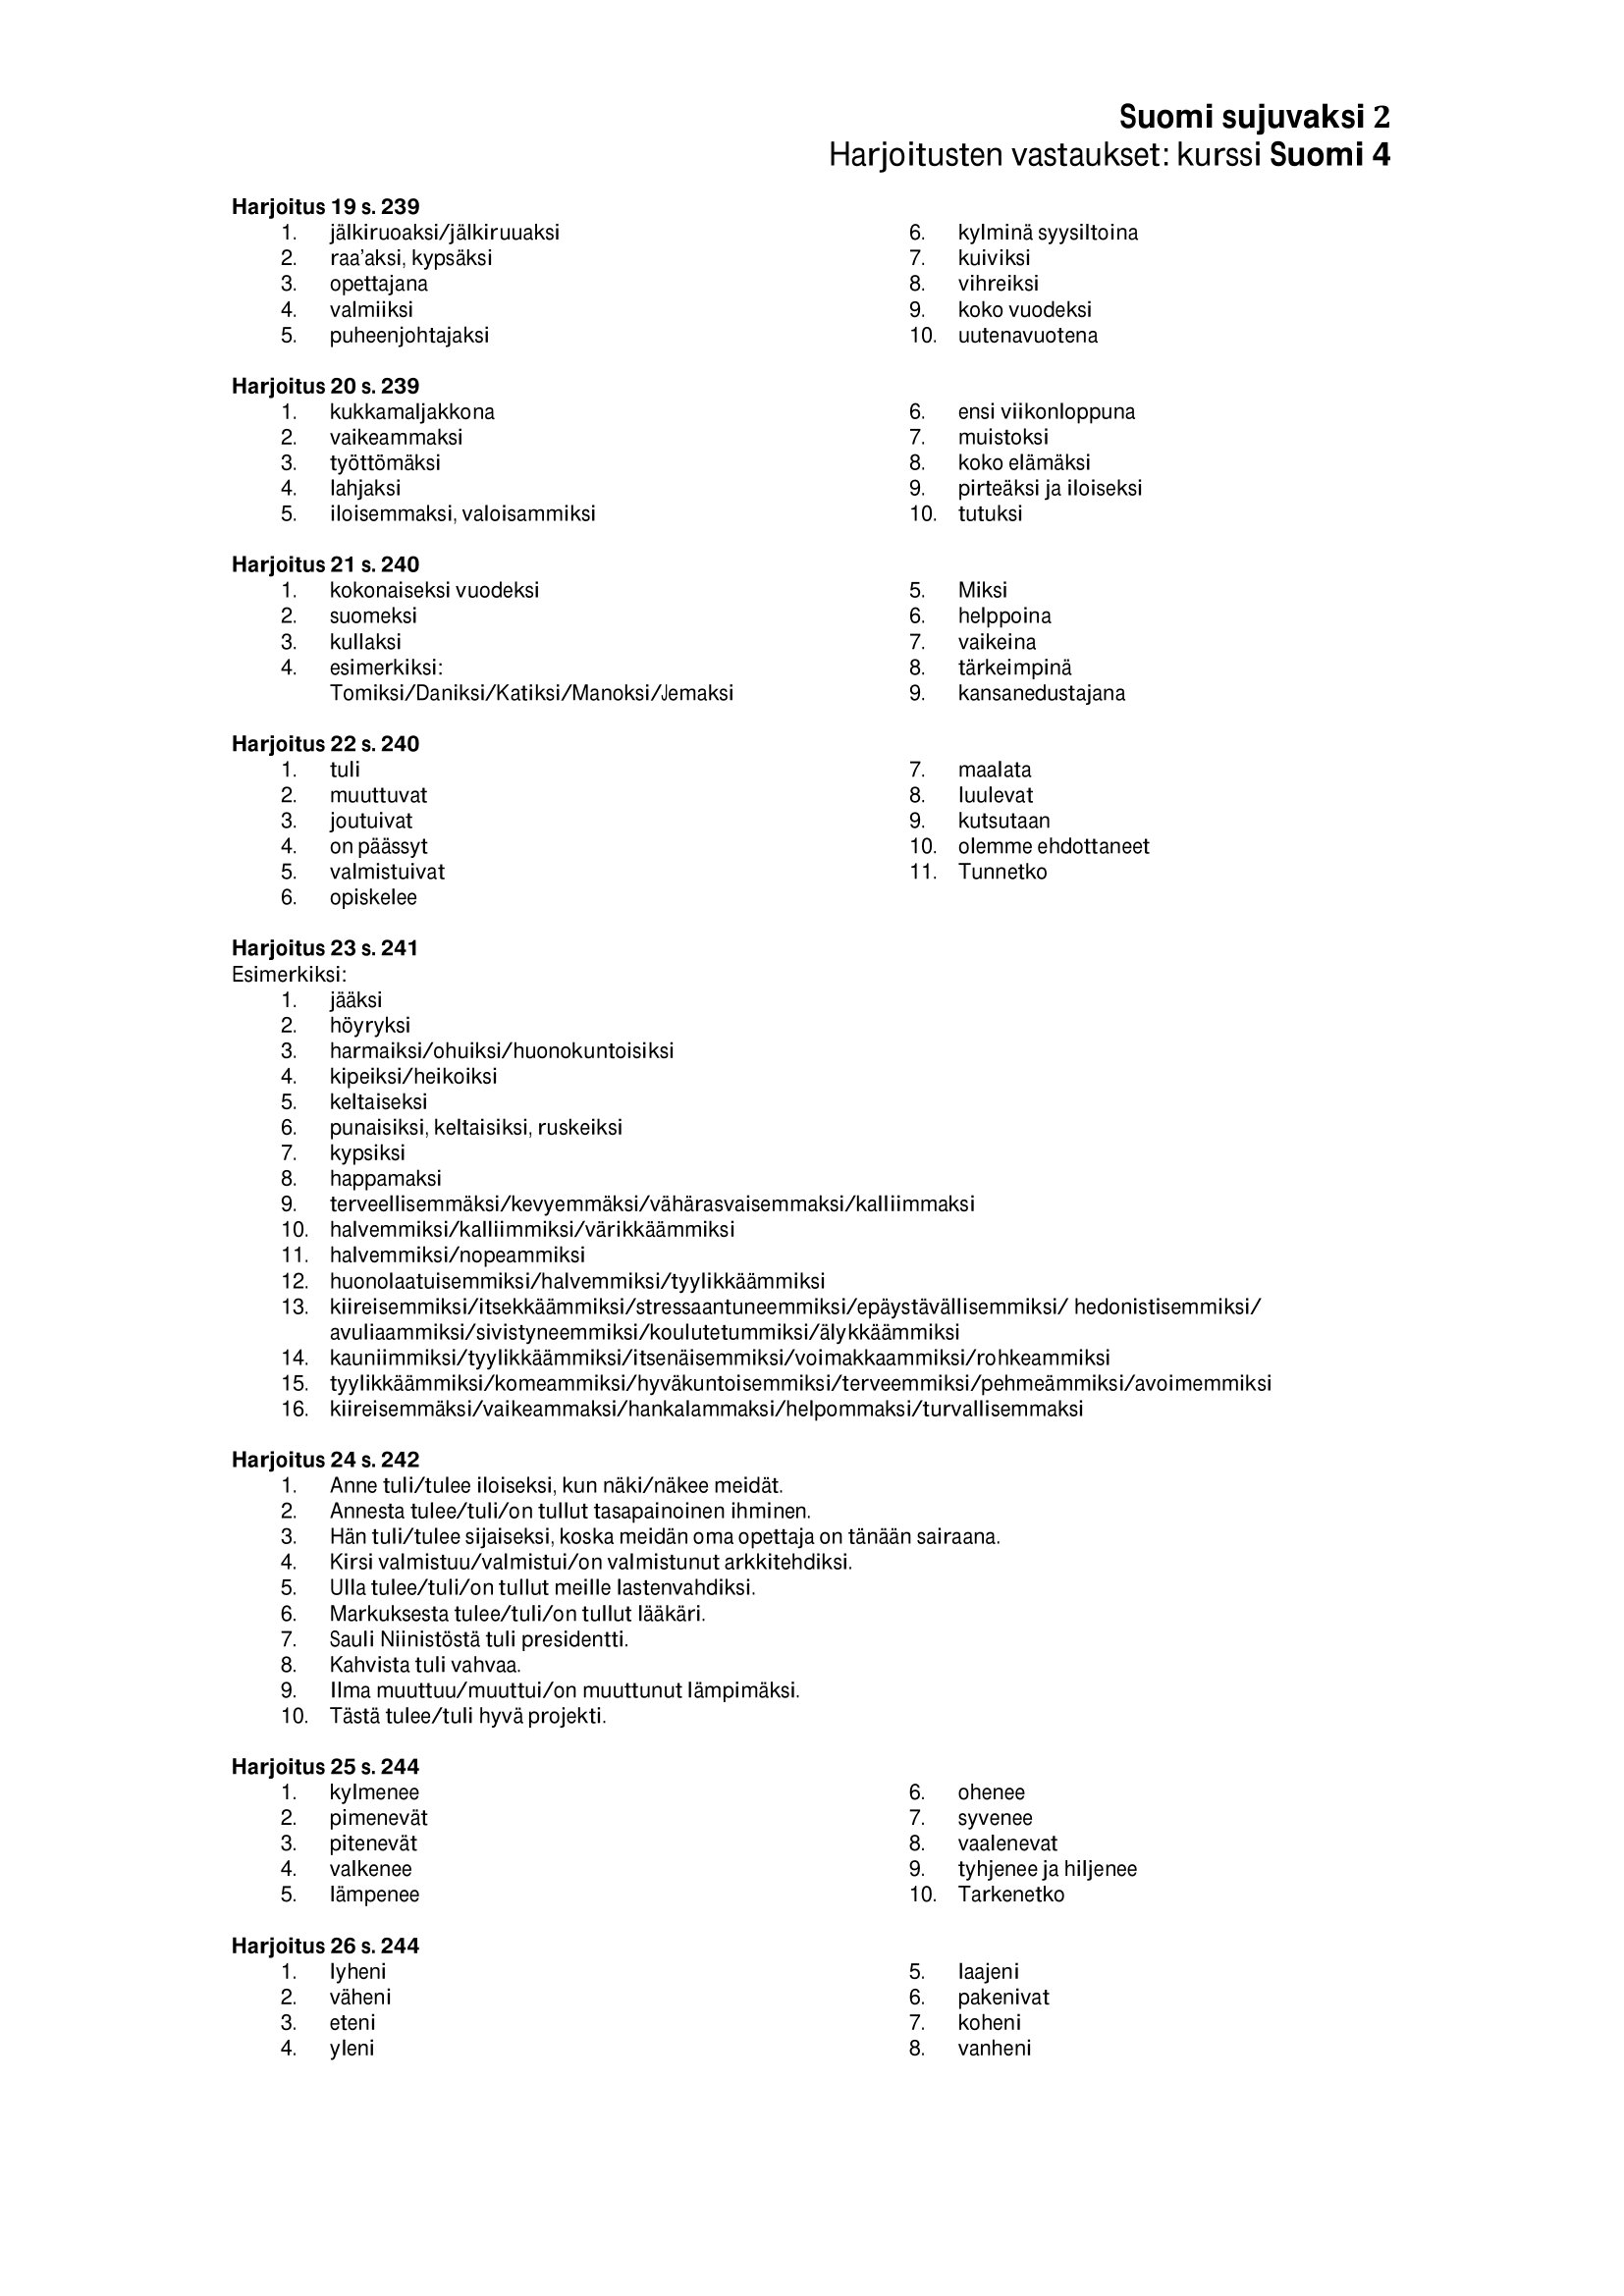
Language: fn